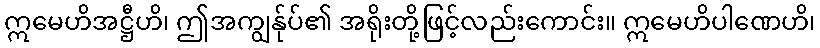
ဣမေဟိအဋ္ဌီဟိ၊ ဤအကျွန်ုပ်၏ အရိုးတို့ဖြင့်လည်းကောင်း။ ဣမေဟိပါဏေဟိ၊